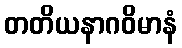
တတိယနာဂဝိမာနံ